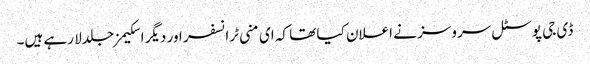
ڈی جی پوسٹل سروسز نے اعلان کیا تھا کہ ای منی ٹرانسفر اور دیگر اسکیمز جلد لا رہے ہیں۔